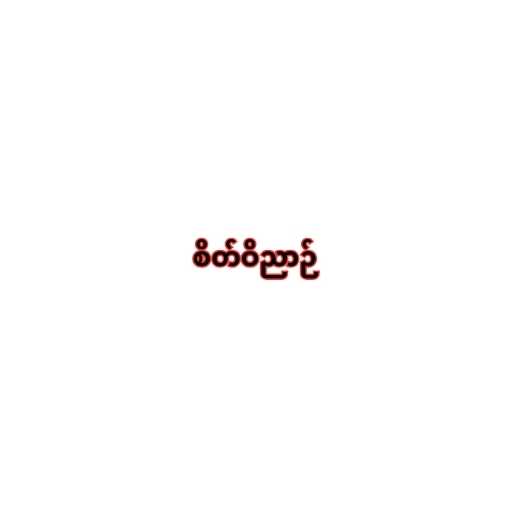
စိတ်ဝိညာဉ်